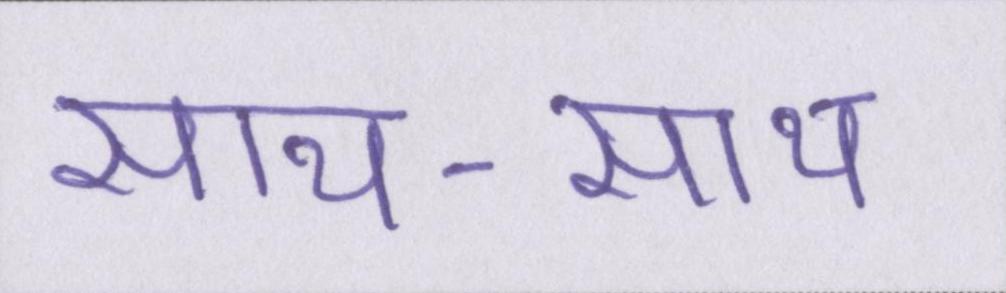
साथ-साथ